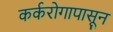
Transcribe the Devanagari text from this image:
कर्करोगापासून